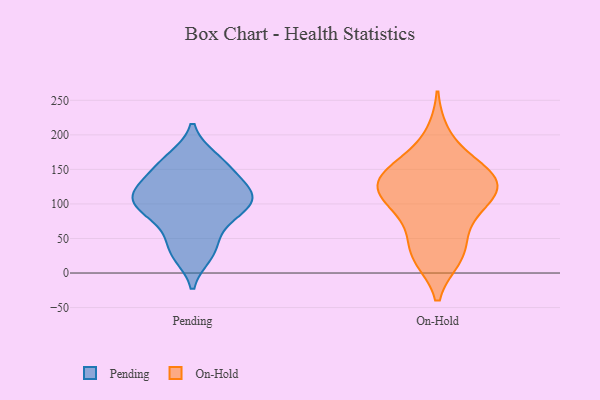
{"axis": {"x": "Operating Costs (USD K)", "y": "Value"}, "legend": ["On-Hold", "Pending"], "data": [{"x": "", "y": 117, "type": "Pending"}, {"x": "", "y": 166, "type": "Pending"}, {"x": "", "y": 69, "type": "Pending"}, {"x": "", "y": 111, "type": "Pending"}, {"x": "", "y": 36, "type": "Pending"}, {"x": "", "y": 103, "type": "Pending"}, {"x": "", "y": 159, "type": "Pending"}, {"x": "", "y": 142, "type": "Pending"}, {"x": "", "y": 91, "type": "Pending"}, {"x": "", "y": 27, "type": "Pending"}, {"x": "", "y": 95, "type": "Pending"}, {"x": "", "y": 122, "type": "Pending"}, {"x": "", "y": 136, "type": "On-Hold"}, {"x": "", "y": 149, "type": "On-Hold"}, {"x": "", "y": 200, "type": "On-Hold"}, {"x": "", "y": 107, "type": "On-Hold"}, {"x": "", "y": 23, "type": "On-Hold"}, {"x": "", "y": 140, "type": "On-Hold"}, {"x": "", "y": 28, "type": "On-Hold"}, {"x": "", "y": 113, "type": "On-Hold"}, {"x": "", "y": 25, "type": "On-Hold"}, {"x": "", "y": 119, "type": "On-Hold"}, {"x": "", "y": 103, "type": "On-Hold"}, {"x": "", "y": 58, "type": "On-Hold"}, {"x": "", "y": 155, "type": "On-Hold"}, {"x": "", "y": 121, "type": "On-Hold"}, {"x": "", "y": 81, "type": "On-Hold"}, {"x": "", "y": 147, "type": "On-Hold"}]}